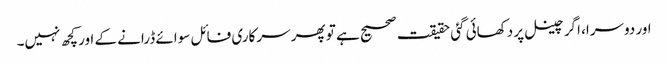
اور دوسرا، اگر چینل پر دکھائی گئی حقیقت صحیح ہے تو پھر سرکاری فائل سوائے ڈرانے کے اور کچھ نہیں۔